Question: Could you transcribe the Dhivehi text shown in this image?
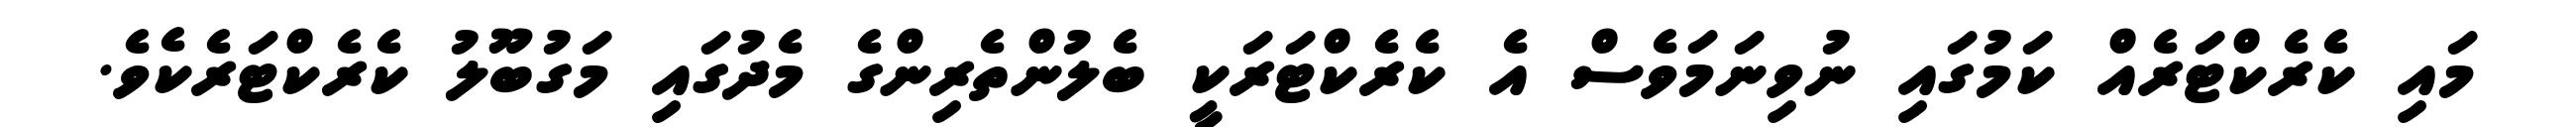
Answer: މައި ކެރެކްޓަރެއް ކަމުގައި ނުވިނަމަވެސް އެ ކެރެކްޓަރަކީ ބެލުންތެރިންގެ މެދުގައި މަގުބޫލު ކެރެކްޓަރެކެވެ.